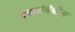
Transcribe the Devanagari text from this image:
त्यासंबंधीचा